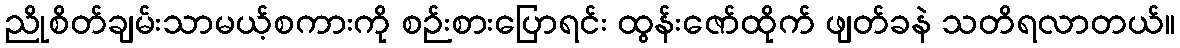
ညိုစိတ်ချမ်းသာမယ့်စကားကို စဉ်းစားပြောရင်း ထွန်းဇော်ထိုက် ဖျတ်ခနဲ သတိရလာတယ်။